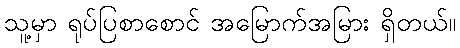
သူ့မှာ ရုပ်ပြစာစောင် အမြောက်အမြား ရှိတယ်။